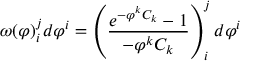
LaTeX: \omega ( \varphi ) _ { i } ^ { j } d \varphi ^ { i } = \left( \frac { e ^ { - \varphi ^ { k } C _ { k } } - 1 } { - \varphi ^ { k } C _ { k } } \right) _ { i } ^ { j } d \varphi ^ { i }